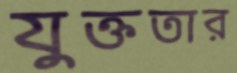
যুক্ততার